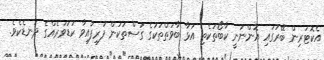
އެކޮޓަރިން ބޭރުގައި އޮންނަނީ ކާބޯތަކެތި އަޅާ ބާވަތްތަކުގެ ގަސްތަކުން ފުރިފައިވާ ކުޑަވަރެއްގެ ދަނޑެކެވެ.